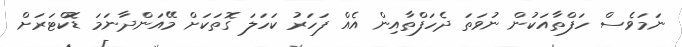
ނަމަވެސް ހަފްތާއަކުން ނުވަތަ ދެހަފްތާއިން އެއް ފަހަރު ކަހަލަ ގޮތަކަށް މޭއަންދާނަމަ ޑޮކްޓަރަށް